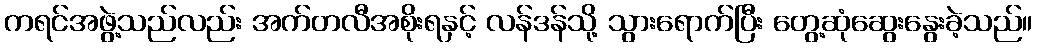
ကရင်အဖွဲ့သည်လည်း အက်တလီအစိုးရနှင့် လန်ဒန်သို့ သွားရောက်ပြီး တွေ့ဆုံဆွေးနွေးခဲ့သည်။